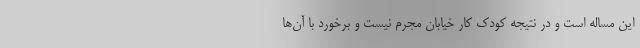
این مساله است و در نتیجه کودک کار خیابان مجرم نیست و برخورد با آن‌ها